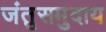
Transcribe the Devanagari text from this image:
जंतुसमुदाय